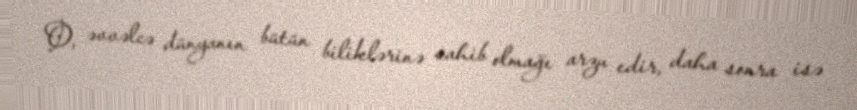
O, əvvəlcə dünyanın bütün biliklərinə sahib olmağı arzu edir, daha sonra isə